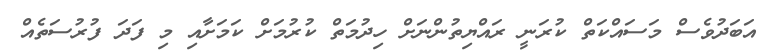
އަބަދުވެސް މަސައްކަތް ކުރަނީ ރައްޔިތުންނަށް ހިދުމަތް ކުރުމަށް ކަމަށާއި މި ފަދަ ފުރުސަތެއް